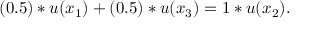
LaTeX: ( 0 . 5 ) * u ( x _ { 1 } ) + ( 0 . 5 ) * u ( x _ { 3 } ) = 1 * u ( x _ { 2 } ) .